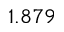
1 . 8 7 9